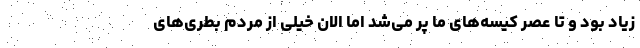
زیاد بود و تا عصر کیسه‌های ما پر می‌شد اما الان خیلی از مردم بطری‌های